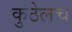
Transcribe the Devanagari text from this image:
कुठेलच